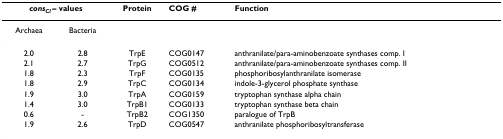
<table><thead><tr><td colspan="2"><b><i>cons</i><sub><i>Cl </i></sub>– values</b></td><td><b>Protein</b></td><td><b>COG #</b></td><td><b>Function</b></td></tr></thead><tbody><tr><td>Archaea</td><td>Bacteria</td><td></td><td></td><td></td></tr><tr><td>2.0</td><td>2.8</td><td>TrpE</td><td>COG0147</td><td>anthranilate/para-aminobenzoate synthases comp. I</td></tr><tr><td>2.1</td><td>2.7</td><td>TrpG</td><td>COG0512</td><td>anthranilate/para-aminobenzoate synthases comp. II</td></tr><tr><td>1.8</td><td>2.3</td><td>TrpF</td><td>COG0135</td><td>phosphoribosylanthranilate isomerase</td></tr><tr><td>1.8</td><td>2.9</td><td>TrpC</td><td>COG0134</td><td>indole-3-glycerol phosphate synthase</td></tr><tr><td>1.9</td><td>3.0</td><td>TrpA</td><td>COG0159</td><td>tryptophan synthase alpha chain</td></tr><tr><td>1.4</td><td>3.0</td><td>TrpB1</td><td>COG0133</td><td>tryptophan synthase beta chain</td></tr><tr><td>0.6</td><td>-</td><td>TrpB2</td><td>COG1350</td><td>paralogue of TrpB</td></tr><tr><td>1.9</td><td>2.6</td><td>TrpD</td><td>COG0547</td><td>anthranilate phosphoribosyltransferase</td></tr></tbody></table>